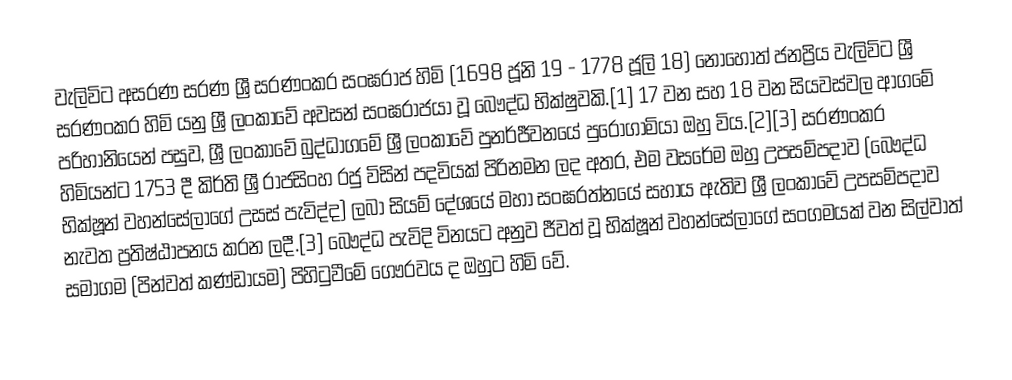
වැලිවිට අසරණ සරණ ශ්‍රී සරණංකර සංඝරාජ හිමි (1698 ජූනි 19 - 1778 ජූලි 18) නොහොත් ජනප්‍රිය වැලිවිට ශ්‍රී සරණංකර හිමි යනු ශ්‍රී ලංකාවේ අවසන් සංඝරාජයා වූ බෞද්ධ භික්ෂුවකි.[1] 17 වන සහ 18 වන සියවස්වල ආගමේ පරිහානියෙන් පසුව, ශ්‍රී ලංකාවේ බුද්ධාගමේ ශ්‍රී ලංකාවේ පුනර්ජීවනයේ පුරෝගාමියා ඔහු විය.[2][3] සරණංකර හිමියන්ට 1753 දී කිර්ති ශ්‍රී රාජසිංහ රජු විසින් පදවියක් පිරිනමන ලද අතර, එම වසරේම ඔහු උපසම්පදාව (බෞද්ධ භික්ෂූන් වහන්සේලාගේ උසස් පැවිද්ද) ලබා සියම් දේශයේ මහා සංඝරත්නයේ සහාය ඇතිව ශ්‍රී ලංකාවේ උපසම්පදාව නැවත ප්‍රතිෂ්ඨාපනය කරන ලදී.[3] බෞද්ධ පැවිදි විනයට අනුව ජීවත් වූ භික්ෂූන් වහන්සේලාගේ සංගමයක් වන සිල්වාත් සමාගම (පින්වත් කණ්ඩායම) පිහිටුවීමේ ගෞරවය ද ඔහුට හිමි වේ.